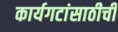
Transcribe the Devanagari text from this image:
कार्यगटांसाठीची